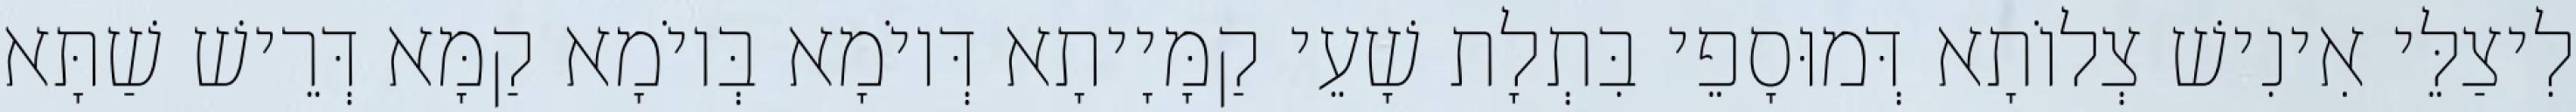
לִיצַלֵּי אִינִישׁ צְלוֹתָא דְּמוּסָפֵי בִּתְלָת שָׁעֵי קַמָּיָיתָא דְּיוֹמָא בְּיוֹמָא קַמָּא דְּרֵישׁ שַׁתָּא